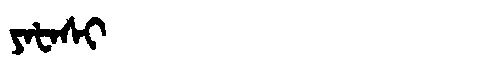
Manchu: ᠶᠠᡶᠠᠰᡳ
Romanization: YAFASI